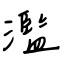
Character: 濫